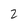
Character: 2